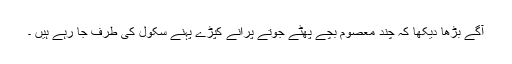
آگے بڑھا دیکھا کہ چند معصوم بچے پھٹے جوتے پرانے کپڑے پہنے سکول کی طرف جا رہے ہیں ۔